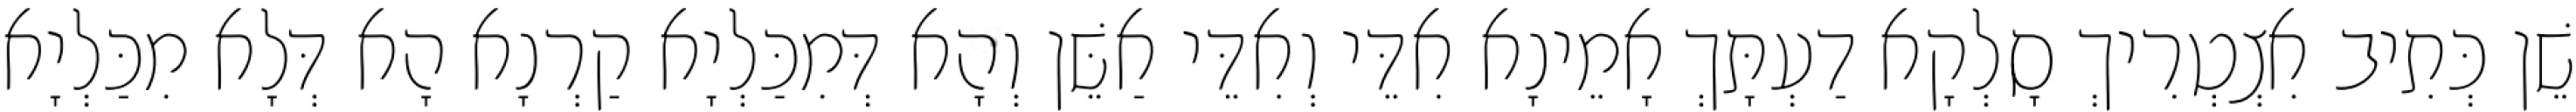
שֵׁן כְּתִיב אִצְטְרִיךְ סָלְקָא דַעְתָּךְ אָמֵינָא אִדֵּי וְאִדֵּי אַשֵּׁן וְהָא דְּמִכַּלְיָא קַרְנָא הָא דְּלָא מִכַּלְיָא